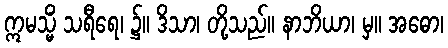
ဣမသ္မိံ သရီရေ၊ ၌။ ဒိသာ၊ တို့သည်။ နာဘိယာ၊ မှ။ အဓော၊